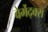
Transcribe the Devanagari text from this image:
वेर्मेद्क्स